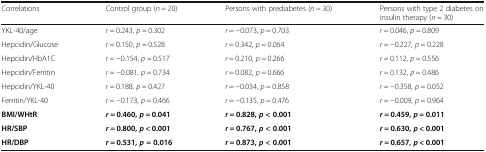
<table><thead><tr><td><b>Correlations</b></td><td><b>Control group (<i>n</i> = 20)</b></td><td><b>Persons with prediabetes (<i>n</i> = 30)</b></td><td><b>Persons with type 2 diabetes on insulin therapy (<i>n</i> = 30)</b></td></tr></thead><tbody><tr><td>YKL-40/age</td><td><i>r</i> = 0.243, <i>p</i> = 0.302</td><td><i>r</i> = −0.073, <i>p</i> = 0.703</td><td><i>r</i> = 0.046, <i>p</i> = 0.809</td></tr><tr><td>Hepcidin/Glucose</td><td><i>r</i> = 0.150, <i>p</i> = 0.528</td><td><i>r</i> = 0.342, <i>p</i> = 0.064</td><td><i>r</i> = −0.227, <i>p</i> = 0.228</td></tr><tr><td>Hepcidin/HbA1C</td><td><i>r</i> = −0.154, <i>p</i> = 0.517</td><td><i>r</i> = 0.210, <i>p</i> = 0.266</td><td><i>r</i> = 0.112, <i>p</i> = 0.556</td></tr><tr><td>Hepcidin/Ferritin</td><td><i>r</i> = −0.081, <i>p</i> = 0.734</td><td><i>r</i> = 0.082, <i>p</i> = 0.666</td><td><i>r</i> = 0.132, <i>p</i> = 0.486</td></tr><tr><td>Hepcidin/YKL-40</td><td><i>r</i> = 0.188, <i>p</i> = 0.427</td><td><i>r</i> = −0.034, <i>p</i> = 0.858</td><td><i>r</i> = −0.358, <i>p</i> = 0.052</td></tr><tr><td>Ferritin/YKL-40</td><td><i>r</i> = −0.173, <i>p</i> = 0.466</td><td><i>r</i> = −0.135, <i>p</i> = 0.476</td><td><i>r</i> = −0.009, <i>p</i> = 0.964</td></tr><tr><td><b>BMI/WHtR</b></td><td><b><i>r</i></b> <b>= 0.460,</b><b><i>p</i></b> <b>= 0.041</b></td><td><b><i>r</i></b> <b>= 0.828,</b><b><i>p</i></b> <b>&lt; 0.001</b></td><td><b><i>r</i></b> <b>= 0.459,</b><b><i>p</i></b> <b>= 0.011</b></td></tr><tr><td><b>HR/SBP</b></td><td><b><i>r</i></b> <b>= 0.800,</b><b><i>p</i></b> <b>&lt; 0.001</b></td><td><b><i>r</i></b> <b>= 0.767,</b><b><i>p</i></b> <b>&lt; 0.001</b></td><td><b><i>r</i></b> <b>= 0.630,</b><b><i>p</i></b> <b>&lt; 0.001</b></td></tr><tr><td><b>HR/DBP</b></td><td><b><i>r</i></b> <b>= 0.531,</b><b><i>p</i></b> <b>= 0.016</b></td><td><b><i>r</i></b> <b>= 0.873,</b><b><i>p</i></b> <b>&lt; 0.001</b></td><td><b><i>r</i></b> <b>= 0.657,</b><b><i>p</i></b> <b>&lt; 0.001</b></td></tr></tbody></table>